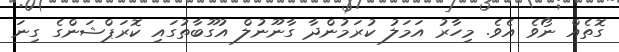
ގޮތެއް ނޯވެ އެވެ. މިހާރު އަމަލު ކުރަމުންދާ ގާނޫނުލް އުގޫބާތުގައި ކޮރަޕްޝަންގެ ގިނަ